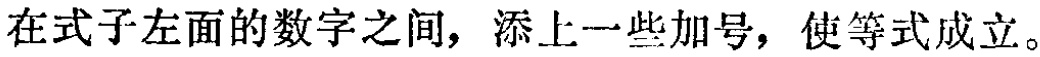
在式子左面的数字之间，添上一些加号，使等式成立。